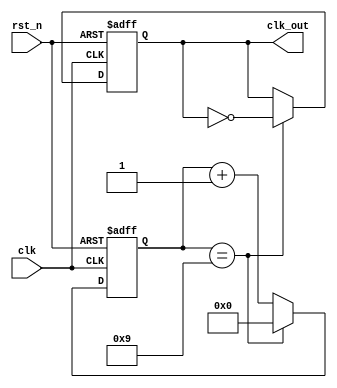
module div_eve(
        output reg clk_out,
        input clk,
        input rst_n);

    parameter N = 20;//
    localparam cnt_bit =
               N/2 > 512 ? 10 :
               N/2 > 256 ? 9 :
               N/2 > 128 ? 8 :
               N/2 > 64 ? 7 :
               N/2 > 32 ? 6 :
               N/2 > 16 ? 5 :
               N/2 > 8 ? 4 :
               N/2 > 4 ? 3 :
               N/2 > 2 ? 2 : 1 ;//
    reg [cnt_bit-1:0] cnt;

    always @(posedge clk or negedge rst_n)
        if(!rst_n)begin
            cnt <= 5'b0;
            clk_out <= 1'b0;
        end
        else if(cnt == N/2-1)begin
            cnt <= 5'b0;
            clk_out <= ~clk_out;
        end
        else
            cnt <= cnt + 1'b1;

endmodule